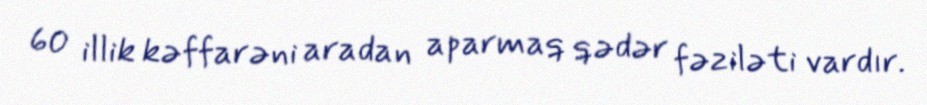
60 illik kəffarəni aradan aparmaq qədər fəziləti vardır.